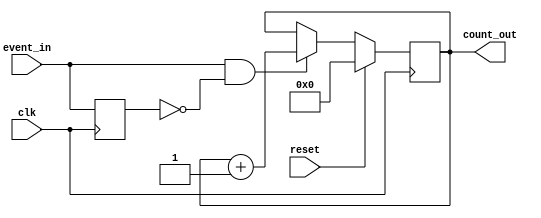
module event_triggered_counter #(
    parameter N = 8 // Width of the counter (number of bits)
)(
    input wire clk,          // Clock signal
    input wire reset,        // Synchronous reset signal
    input wire event_in,     // Event signal
    output reg [N-1:0] count_out // Count value output
);

    reg event_last; // To store the last state of the event signal

    always @(posedge clk) begin
        if (reset) begin
            count_out <= 0; // Reset the counter to zero
        end else begin
            // Edge detection: Increment on rising edge of event_in
            if (event_in && !event_last) begin
                count_out <= count_out + 1; // Increment the counter
            end
        end
        event_last <= event_in; // Update last event state
    end

endmodule